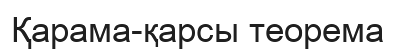
Қарама-қарсы теорема